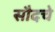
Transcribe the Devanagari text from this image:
सौदचे